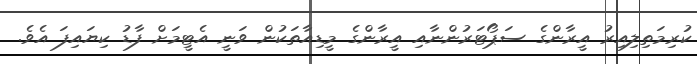
ކުރިމަތިލިއިރު އީރާންގެ ސަޕޯޓަރުންނާއި އީރާންގެ މީޑިއާތަކުން ވަނީ އެޓީމަށް ފާޑު ކިޔައިފަ އެވެ.